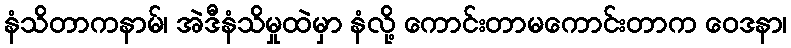
နံသိတာကနာမ်၊ အဲဒီနံသိမှုထဲမှာ နံလို့ ကောင်းတာမကောင်းတာက ဝေဒနာ၊